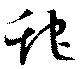
蛇